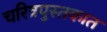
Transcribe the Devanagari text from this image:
चरित्रपुस्तकात